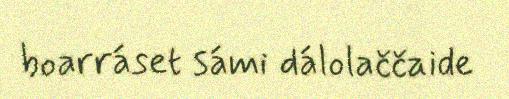
boarráset sámi dálolaččaide